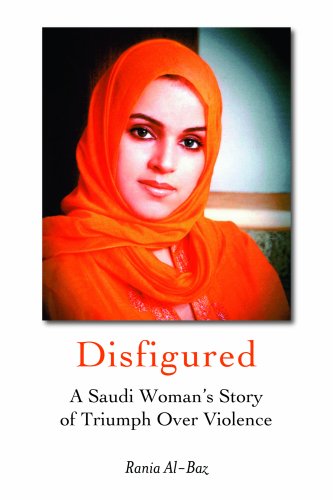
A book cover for Disfigured: A Saudi Woman's Story of Triumph Over Violence; Rania Al-baz; History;